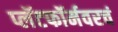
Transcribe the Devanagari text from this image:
प्लॅटफॉर्मवरचं